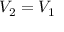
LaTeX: V _ { 2 } = V _ { 1 }